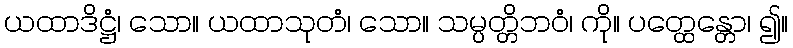
ယထာဒိဋ္ဌံ၊ သော။ ယထာသုတံ၊ သော။ သမ္ပတ္တိဘဝံ၊ ကို။ ပတ္ထေန္တော၊ ၍။